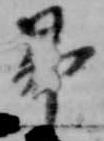
昴